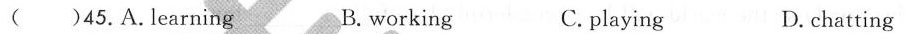
( )45.A.Learning B. working C.playing D. chatting